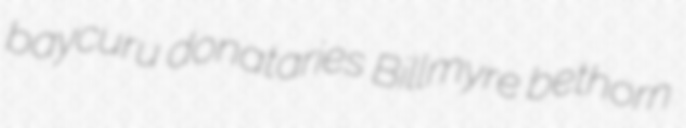
baycuru donataries Billmyre bethorn